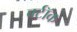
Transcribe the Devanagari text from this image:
बर्टॉक